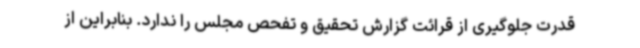
قدرت جلوگیری از قرائت گزارش تحقیق و تفحص مجلس را ندارد. بنابراین از